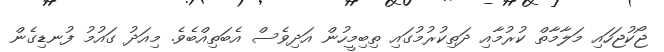
ޖޯކުޖަހައި މަލާމާތް ކުރުމާއި ދަތިކުރުމުގައި ތިބިމީހުން އަދިވެސް އެބަތިއްބެވެ. މިއަދު ގައުމު ފުނޑިގެން